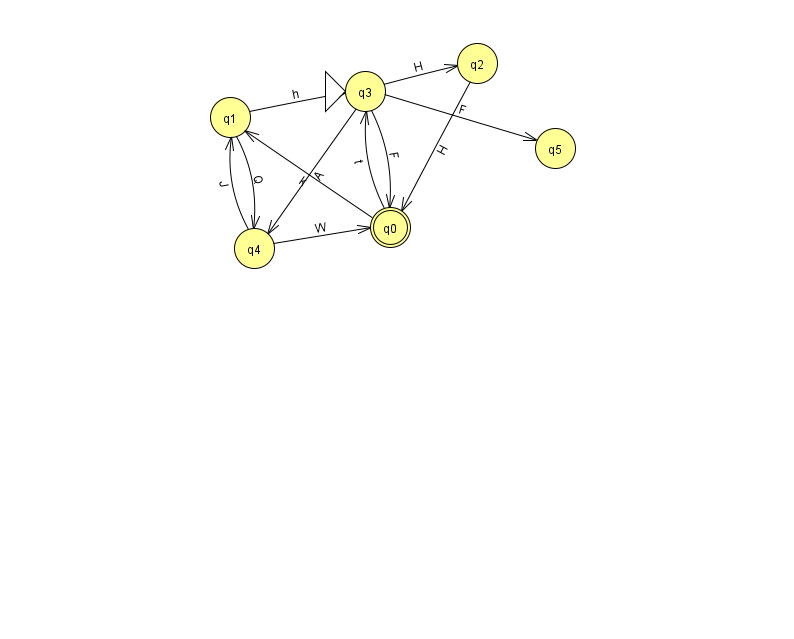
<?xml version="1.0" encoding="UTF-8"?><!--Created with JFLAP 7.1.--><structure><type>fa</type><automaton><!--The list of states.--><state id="0" name="q0"><x>390.0</x><y>214.0</y><final/></state><state id="1" name="q1"><x>230.0</x><y>104.0</y></state><state id="2" name="q2"><x>477.0</x><y>50.0</y></state><state id="3" name="q3"><x>365.0</x><y>78.0</y><initial/></state><state id="4" name="q4"><x>254.0</x><y>235.0</y></state><state id="5" name="q5"><x>555.0</x><y>135.0</y></state><!--The list of transitions.--><transition><from>1</from><to>3</to><read>h</read></transition><transition><from>2</from><to>0</to><read>H</read></transition><transition><from>4</from><to>1</to><read>J</read></transition><transition><from>3</from><to>4</to><read>A</read></transition><transition><from>3</from><to>2</to><read>H</read></transition><transition><from>4</from><to>0</to><read>W</read></transition><transition><from>0</from><to>1</to><read>k</read></transition><transition><from>0</from><to>3</to><read>t</read></transition><transition><from>3</from><to>5</to><read>F</read></transition><transition><from>1</from><to>4</to><read>Q</read></transition><transition><from>3</from><to>0</to><read>F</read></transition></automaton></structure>